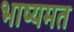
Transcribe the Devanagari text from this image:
भाष्यमत